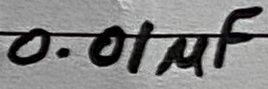
Text: 0.01µF